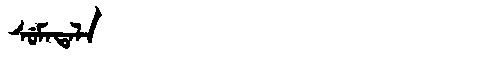
Manchu: ᠰᡠᠮᠠᡨᠠᠯᠠ
Romanization: SUMATALA